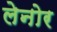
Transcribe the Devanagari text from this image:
लेनोर